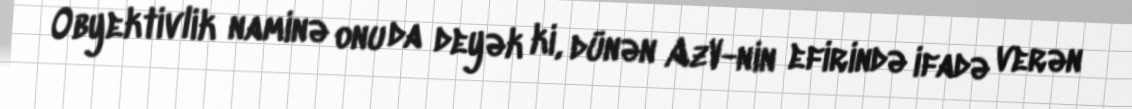
Obyektivlik naminə onu da deyək ki, dünən AzV-nin efirində ifadə verən